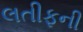
લતીફની